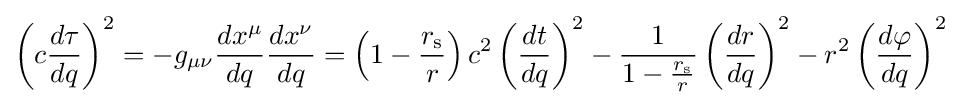
\left(c{\frac {d\tau }{dq}}\right)^{2}=-g_{\mu \nu }{\frac {dx^{\mu }}{dq}}{\frac {dx^{\nu }}{dq}}=\left(1-{\frac {r_{\text{s}}}{r}}\right)c^{2}\left({\frac {dt}{dq}}\right)^{2}-{\frac {1}{1-{\frac {r_{\text{s}}}{r}}}}\left({\frac {dr}{dq}}\right)^{2}-r^{2}\left({\frac {d\varphi }{dq}}\right)^{2}